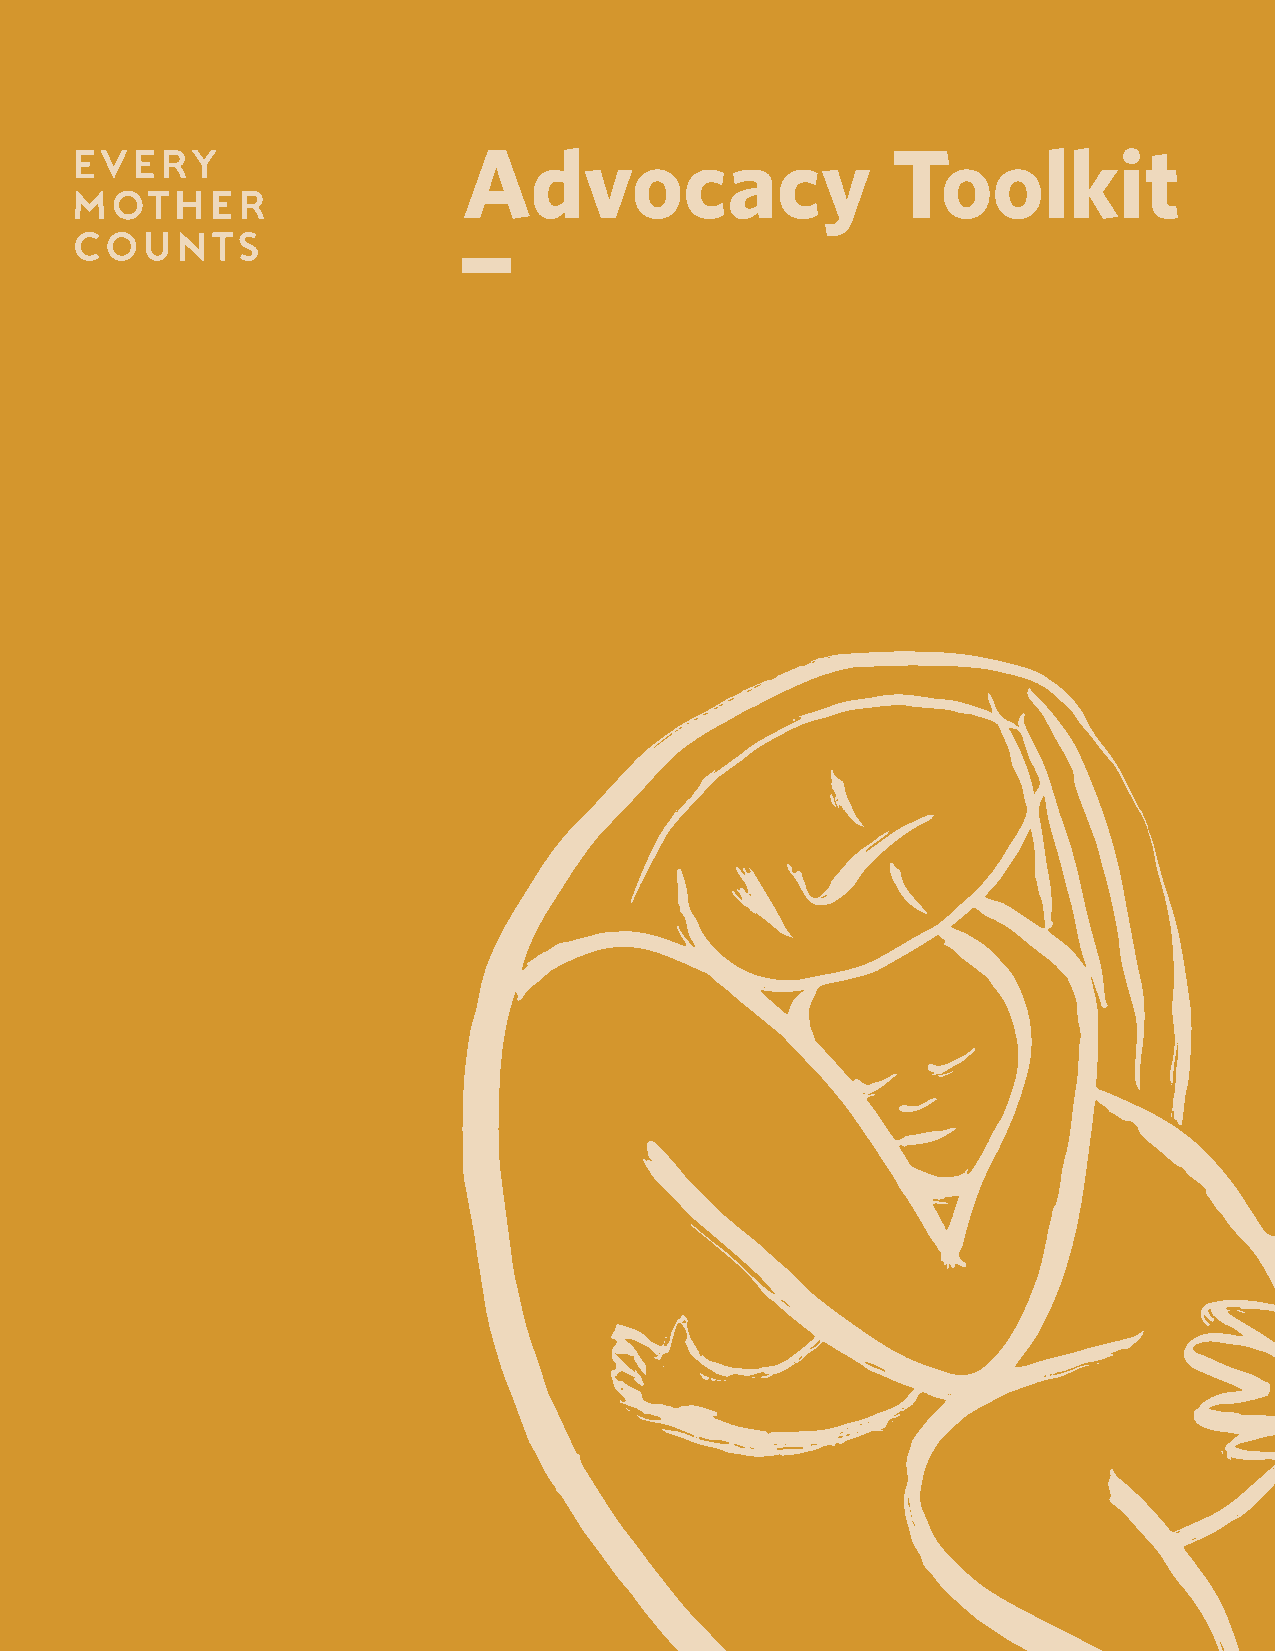
Advocacy                    Toolkit